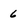
Character: 6